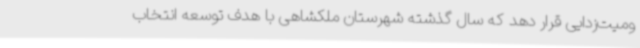
ومیت‌زدایی قرار دهد که سال گذشته شهرستان ملکشاهی با هدف توسعه انتخاب